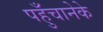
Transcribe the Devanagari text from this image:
पहुँचानेके